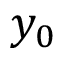
y _ { 0 }